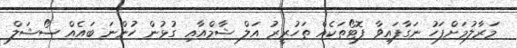
މަރާލުމަށްފަހު ނަގާފައިވާ ފޮޓޯތަކެއް ތަހުރީރު އަލް ޝާމްއާއި ގުޅުން ހުންނަ ބައެއް ސޯޝަލް